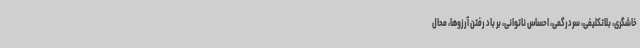
خاشگری، بلاتکلیفی، سردرگمی، احساس ناتوانی، بر باد رفتن آرزوها، محال